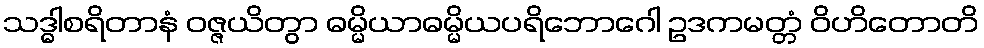
သဒ္ဓါစရိတာနံ ဝဇ္ဇယိတွာ ဓမ္မိယာဓမ္မိယပရိဘောဂေါ ဥဒကမတ္တံ ဝိဟိတောတိ